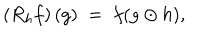
\left( R _ { h } f \right) ( g ) \; = \; f ( g \odot h ) ,